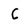
Character: C